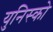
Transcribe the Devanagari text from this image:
युनिस्को